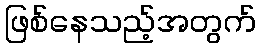
ဖြစ်နေသည့်အတွက်